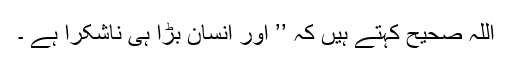
اللہ صحیح کہتے ہیں کہ ’’ اور انسان بڑا ہی ناشکرا ہے ۔